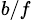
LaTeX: _{b/f}